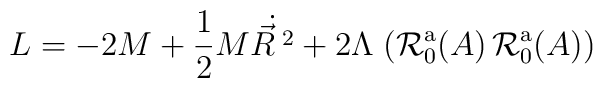
L = -2 M + {1\over 2} M \dot{\vec R^{\;2}} + 2 \Lambda\; \bigl({\cal R}_0^{\mathrm{a}}(A)\, {\cal R}_0^{\mathrm{a}}(A)\bigr)